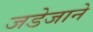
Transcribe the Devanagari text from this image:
जडेजाने